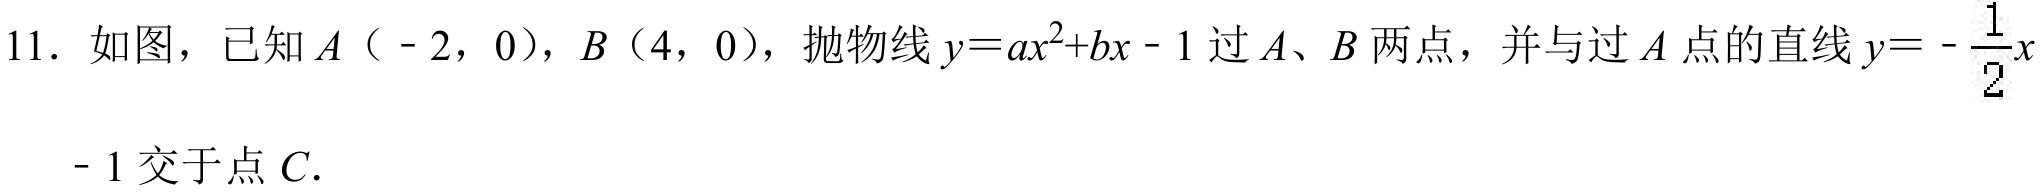
11. 如图，已知\(A（ - 2,0）\)，\(B（4,0）\)，抛物线\(y = ax^{2}+bx - 1\)过\(A、B\)两点，并与过\(A\)点的直线\(y =-\dfrac{1}{2}x - 1\)交于点\(C\).